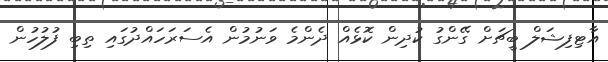
އާޓިފިޝަލް ބީޗަށް ގޭންގު ކުދިން ކޮޅެއް ދެންމެ ވަނުމުން އެސަރަހައްދުގައި ތިބި ފުލުހުން